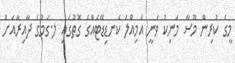
މީގެ ކުރިން މޫސާ މަނިކު ވަނީ އަމިއްލަ ކެނޑިޑޭޓެއްގެ ގޮތުގައި ލ.ގަމުގެ ދާއިރާއަށް